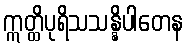
ဣတ္ထိပုရိသသန္နိပါတေန